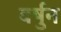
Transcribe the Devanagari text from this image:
वर्षुन